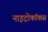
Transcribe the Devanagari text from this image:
नाइट्रोकॉकस